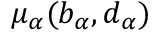
\mu _ { \alpha } ( b _ { \alpha } , d _ { \alpha } )